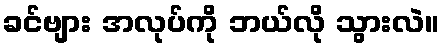
ခင်ဗျား အလုပ်ကို ဘယ်လို သွားလဲ။